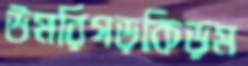
উমরিগড়কিড়ম